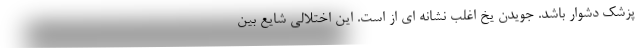
پزشک دشوار باشد. جویدن یخ اغلب نشانه ای از است. این اختلالی شایع بین